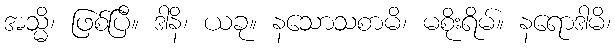
အသ္မိ၊ ဖြစ်ပြီ။ ဒါနိ၊ ယခု။ နသောသစာမိ၊ မစိုးရိမ်။ နရောဒါမိ၊